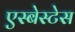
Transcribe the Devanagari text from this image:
एस्बेस्टेस